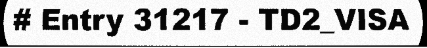
# Entry 31217 - TD2_VISA